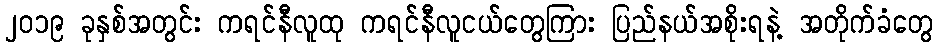
၂၀၁၉ ခုနှစ်အတွင်း ကရင်နီလူထု ကရင်နီလူငယ်တွေကြား ပြည်နယ်အစိုးရနဲ့ အတိုက်ခံတွေ